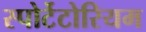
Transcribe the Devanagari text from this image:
स्पोर्टेटोरियम